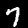
Label: 7